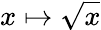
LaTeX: x\mapsto{\sqrt{x}}